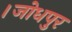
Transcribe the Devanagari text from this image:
।जोधपुर